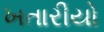
ખતારીયો